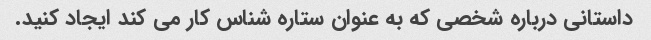
داستانی درباره شخصی که به عنوان ستاره شناس کار می کند ایجاد کنید.